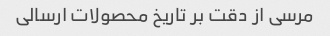
مرسی از دقت بر تاریخ محصولات ارسالی